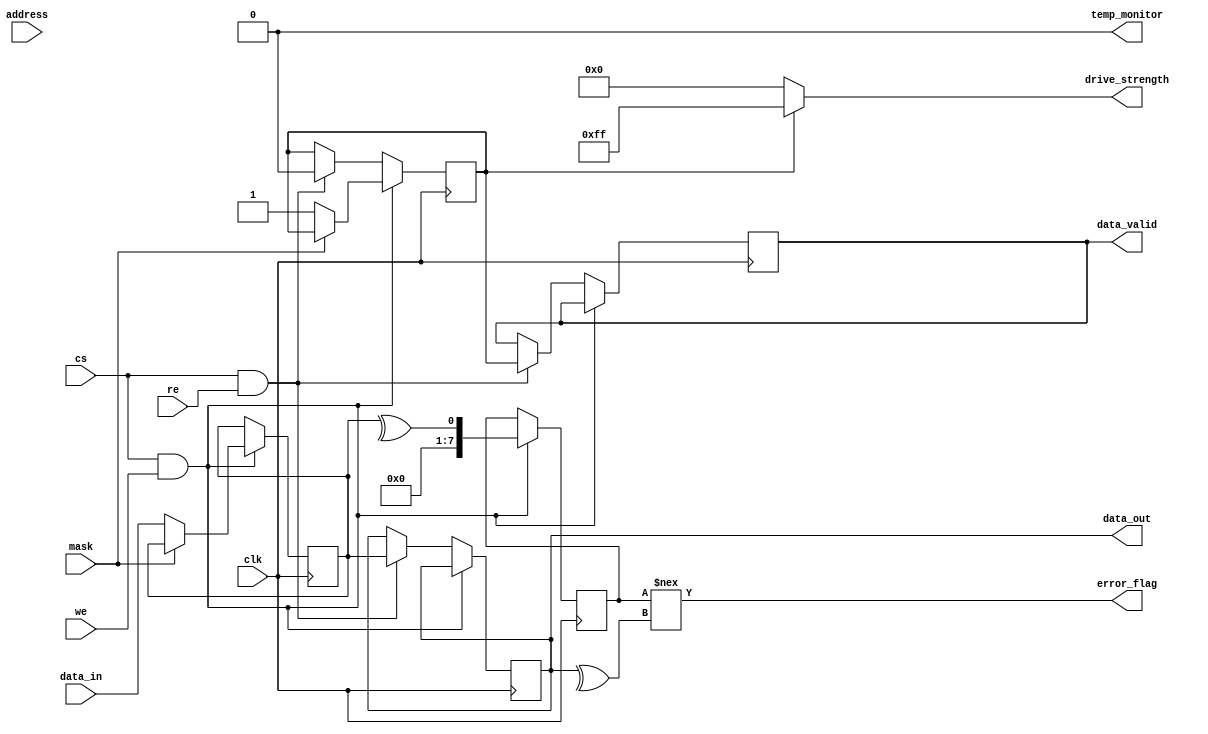
module gddr3_io_block (
    input wire clk,                    // Clock signal
    input wire [7:0] data_in,         // Input data (8 lanes)
    output wire [7:0] data_out,       // Output data (8 lanes)
    input wire cs,                     // Chip Select
    input wire we,                     // Write Enable
    input wire re,                     // Read Enable
    input wire [15:0] address,         // Address lines
    input wire mask,                   // Data masking signal
    output wire data_valid,            // Data valid signal
    output wire error_flag,            // Error flag for ECC
    output wire [7:0] drive_strength,  // Drive strength control
    output wire temp_monitor            // Temperature monitor
);

    // Internal signals
    reg [7:0] data_reg;                // Register to hold data
    reg data_ready;                    // Data ready flag
    reg [7:0] ecc;                     // Error Correction Code
    reg [7:0] masked_data;             // Masked data output

    // Clock Data Recovery (CDR) logic (simplified)
    always @(posedge clk) begin
        if (cs && we) begin
            // Write operation
            if (!mask) begin
                data_reg <= data_in;    // Store incoming data
                data_ready <= 1'b1;     // Set data ready flag
            end
        end
        else if (cs && re) begin
            // Read operation
            data_out <= data_reg;       // Output the stored data
            data_valid <= data_ready;    // Indicate data is valid
            data_ready <= 1'b0;          // Clear data ready flag
        end
    end

    // Simple ECC implementation (parity for example)
    always @(posedge clk) begin
        if (cs && we) begin
            ecc <= ^data_reg;           // Calculate parity
        end
    end

    // Masking logic
    always @(*) begin
        if (mask) begin
            masked_data = 8'b0;         // If masked, output zero
        end else begin
            masked_data = data_reg;     // Otherwise, output the data
        end
    end

    // Error flag generation (simple example)
    assign error_flag = (ecc !== ^data_out); // Compare incoming data parity

    // Drive strength control (simplified)
    assign drive_strength = (data_ready) ? 8'hFF : 8'h00; // Full drive when ready

    // Temperature monitoring (placeholder)
    assign temp_monitor = 1'b0; // Replace with actual temperature sensor logic

endmodule